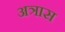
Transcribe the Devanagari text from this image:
अत्रास